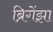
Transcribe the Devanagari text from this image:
ब्रिगेंझा